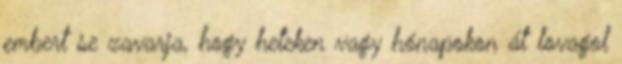
embert se zavarja, hogy heteken vagy hónapokon át lovagol